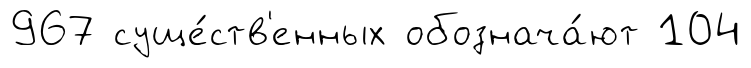
967 суще́ств'енных обознача́ют 104